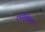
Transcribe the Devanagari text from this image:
एलेलिक